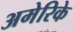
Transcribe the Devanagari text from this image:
अमेरिके